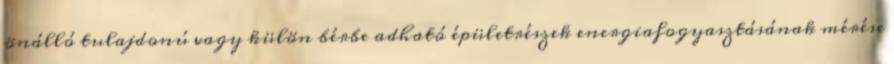
önálló tulajdonú vagy külön bérbe adható épületrészek energiafogyasztásának mérése